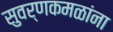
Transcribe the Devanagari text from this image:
सुवर्णकमळांना